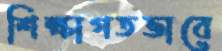
শিক্ষাগতভাবে